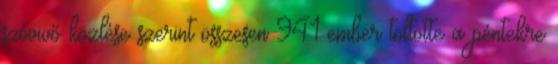
szóvivő közlése szerint összesen 941 ember töltötte a péntekre